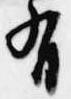
有